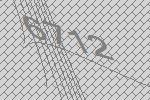
6712